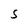
Character: S